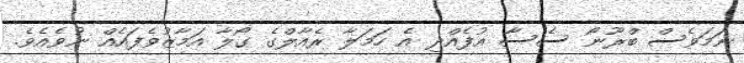
ނަމަވެސް ބްރޫނޯ ސެސާ އުފެއްދި އެ ހަމަލާ ރެއާލްގެ ގޯލާ އަމާޒުވެފައެއް ނުވެއެވެ.